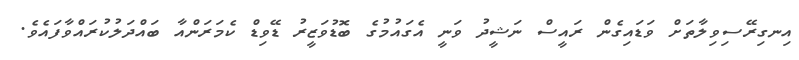
އިނގިރޭސިވިލާތަށް ވަޑައިގެން ރައީސް ނަޝީދު ވަނީ އެގައުމުގެ ބޮޑުވަޒީރު ޑޭވިޑް ކެމަރަންއާ ބައްދަލުކުރައްވާފައެވެ.